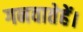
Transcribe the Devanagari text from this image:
गनवातेहें।